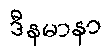
ဒီနမာနာ